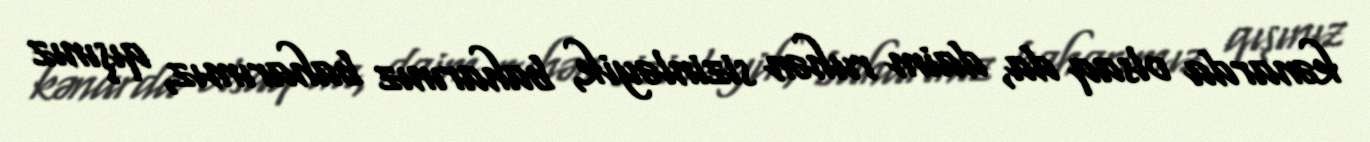
kənarda olsaq da, daim ruhən sizinləyik, baharınız baharımız, qışınız